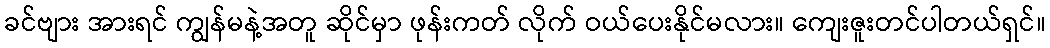
ခင်ဗျား အားရင် ကျွန်မနဲ့အတူ ဆိုင်မှာ ဖုန်းကတ် လိုက် ဝယ်ပေးနိုင်မလား။ ကျေးဇူးတင်ပါတယ်ရှင်။